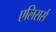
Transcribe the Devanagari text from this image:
एलिसर्स